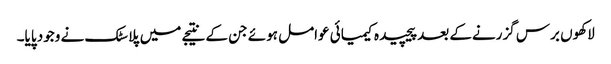
لاکھوں برس گزرنےکے بعد پیچیدہ کیمیائی عوامل ہوئے جن کے نتیجے میں پلاسٹک نے وجود پایا۔